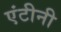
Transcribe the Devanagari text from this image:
एंटीनी